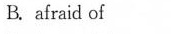
B. afraid of